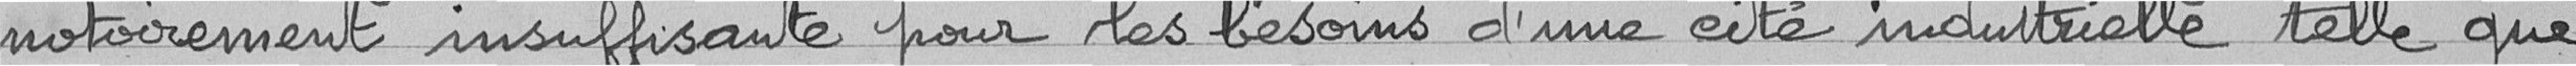
notoirement insuffisante pour les besoins d'une cité industrielle telle que